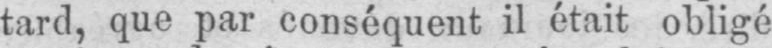
tard, que par conséquent il était obligé